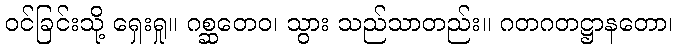
ဝင်ခြင်းသို့ ရှေးရှု။ ဂစ္ဆတေဝ၊ သွား သည်သာတည်း။ ဂတဂတဋ္ဌာနတော၊